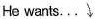
He wants...